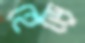
হেড়ে